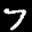
Label: 7